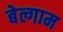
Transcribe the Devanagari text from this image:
बेल्गाम